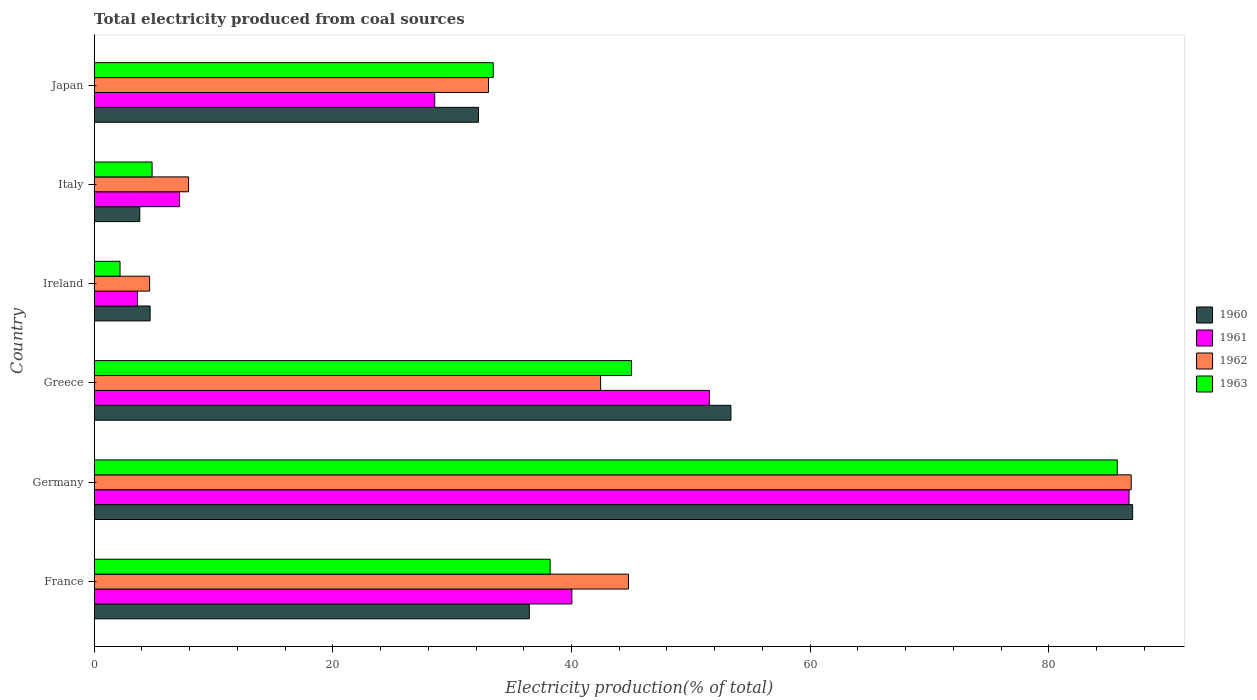
| Country | 1960 | 1961 | 1962 | 1963 |
 | --- | --- | --- | --- | --- |
 | France | 36.5 | 40 | 44.8 | 38.2 |
 | Germany | 87 | 86.7 | 86.9 | 85.7 |
 | Greece | 53.4 | 51.6 | 42.4 | 45 |
 | Ireland | 4.69 | 3.63 | 4.64 | 2.16 |
 | Italy | 3.82 | 7.15 | 7.91 | 4.85 |
 | Japan | 32.2 | 28.5 | 33 | 33.4 |